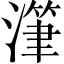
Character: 潷